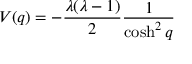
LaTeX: V ( q ) = - \frac { \lambda ( \lambda - 1 ) } { 2 } \frac { 1 } { \cosh ^ { 2 } q }